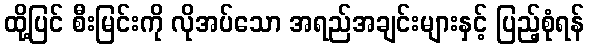
ထို့ပြင် စီးမြင်းကို လိုအပ်သော အရည်အချင်းများနှင့် ပြည့်စုံရန်